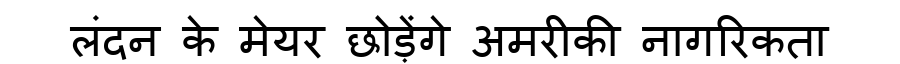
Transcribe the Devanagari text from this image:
लंदन के मेयर छोड़ेंगे अमरीकी नागरिकता